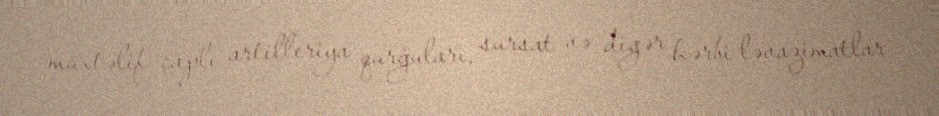
müxtəlif çaplı artilleriya qurğuları, sursat və digər hərbi ləvazimatlar